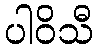
ပါဝိသီ